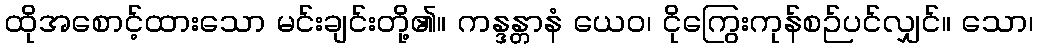
ထိုအစောင့်ထားသော မင်းချင်းတို့၏။ ကန္ဒန္တာနံ ယေဝ၊ ငိုကြွေးကုန်စဉ်ပင်လျှင်။ သော၊